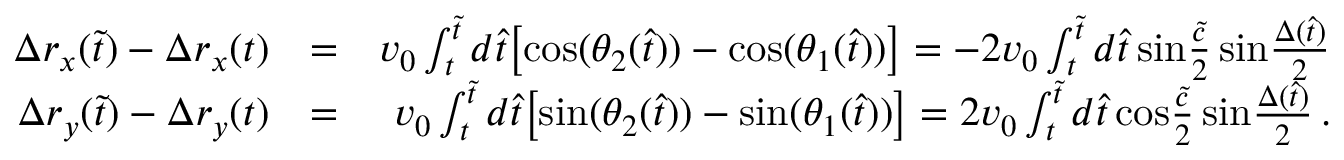
\begin{array} { r l r } { \Delta r _ { x } ( \tilde { t } ) - \Delta r _ { x } ( t ) } & { = } & { v _ { 0 } \int _ { t } ^ { \tilde { t } } d \hat { t } \big [ \mathrm { c o s } ( \theta _ { 2 } ( \hat { t } ) ) - \mathrm { c o s } ( \theta _ { 1 } ( \hat { t } ) ) \big ] = - 2 v _ { 0 } \int _ { t } ^ { \tilde { t } } d \hat { t } \, \mathrm { s i n } { \frac { \tilde { c } } { 2 } } \, \mathrm { s i n } { \frac { \Delta ( \hat { t } ) } { 2 } } } \\ { \Delta r _ { y } ( \tilde { t } ) - \Delta r _ { y } ( t ) } & { = } & { v _ { 0 } \int _ { t } ^ { \tilde { t } } d \hat { t } \big [ \mathrm { s i n } ( \theta _ { 2 } ( \hat { t } ) ) - \mathrm { s i n } ( \theta _ { 1 } ( \hat { t } ) ) \big ] = 2 v _ { 0 } \int _ { t } ^ { \tilde { t } } d \hat { t } \, \mathrm { c o s } { \frac { \tilde { c } } { 2 } } \, \mathrm { s i n } { \frac { \Delta ( \hat { t } ) } { 2 } } \, . } \end{array}